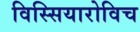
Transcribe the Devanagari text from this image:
विस्सियारोविच